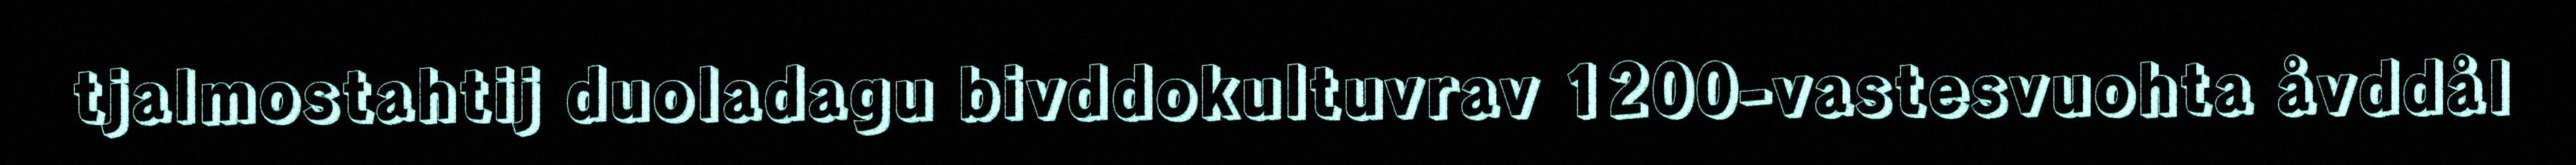
tjalmostahtij duoladagu bivddokultuvrav 1200-vastesvuohta åvddål